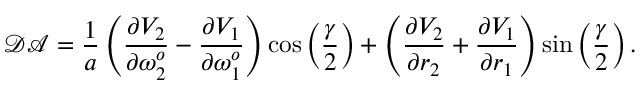
\mathcal { D A } = \frac { 1 } { a } \left( \frac { \partial V _ { 2 } } { \partial \omega _ { 2 } ^ { o } } - \frac { \partial V _ { 1 } } { \partial \omega _ { 1 } ^ { o } } \right) \cos \left( \frac { \gamma } { 2 } \right) + \left( \frac { \partial V _ { 2 } } { \partial r _ { 2 } } + \frac { \partial V _ { 1 } } { \partial r _ { 1 } } \right) \sin \left( \frac { \gamma } { 2 } \right) .